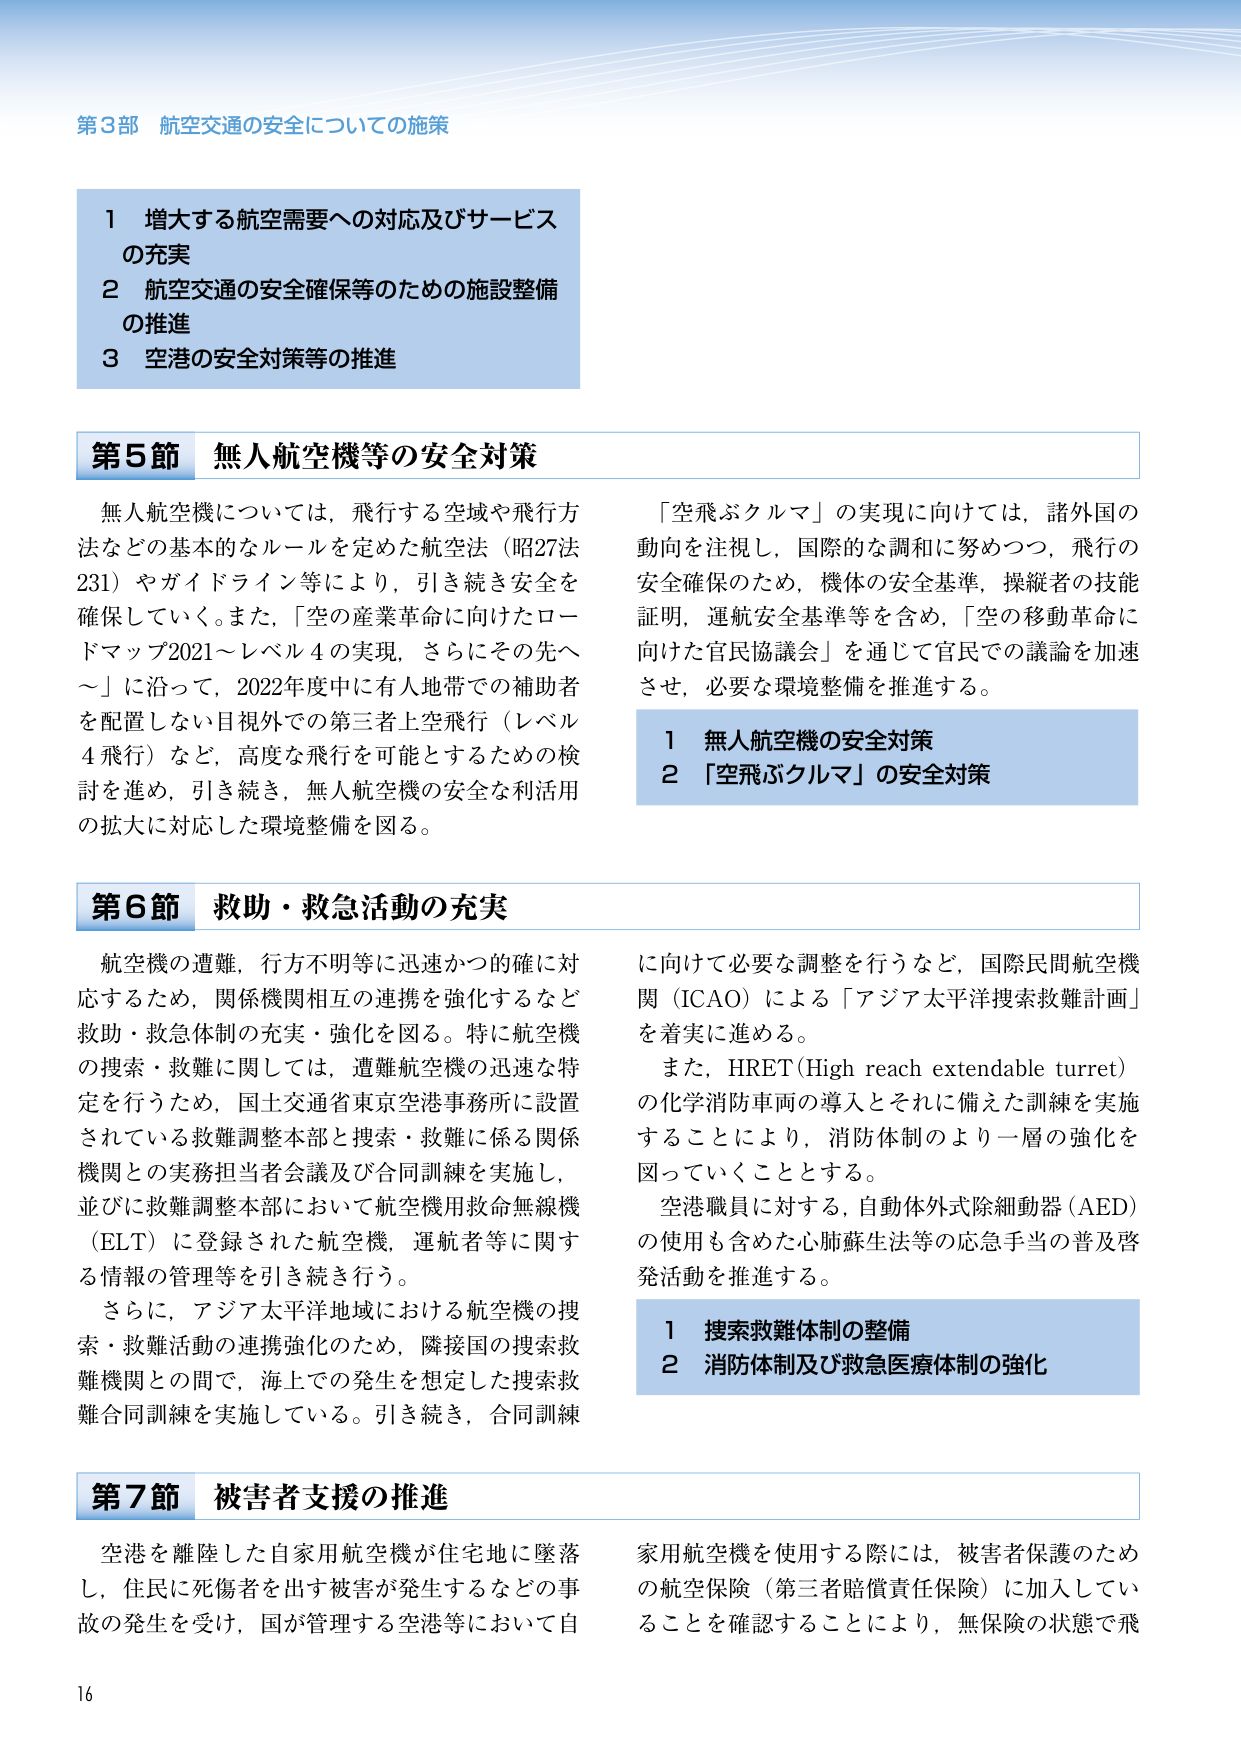
第3部 航空交通の安全についての施策

1 増大する航空需要への対応及びサービスの充実
2 航空交通の安全確保等のための施設整備の推進
3 空港の安全対策等の推進

第5節 無人航空機等の安全対策

無人航空機については，飛行する空域や飛行方法などの基本的なルールを定めた航空法（昭27法231）やガイドライン等により，引き続き安全を確保していく。また，「空の産業革命に向けたロードマップ2021～レベル4の実現，さらにその先へ～」に沿って，2022年度中に有人地帯での補助者を配置しない目視外での第三者上空飛行（レベル4飛行）など，高度な飛行を可能とするための検討を進め，引き続き，無人航空機の安全な利活用の拡大に対応した環境整備を図る。

「空飛ぶクルマ」の実現に向けては，諸外国の動向を注視し，国際的な調和に努めつつ，飛行の安全確保のため，機体の安全基準，操縦者の技能証明，運航安全基準等を含め，「空の移動革命に向けた官民協議会」を通じて官民での議論を加速させ，必要な環境整備を推進する。

1 無人航空機の安全対策
2 「空飛ぶクルマ」の安全対策

第6節 救助・救急活動の充実

航空機の遭難，行方不明等に迅速かつ的確に対応するため，関係機関相互の連携を強化するなど救助・救急体制の充実・強化を図る。特に航空機の捜索・救難に関しては，遭難航空機の迅速な特定を行うため，国土交通省東京空港事務所に設置されている救難調整本部と捜索・救難に係る関係機関との実務担当者会議及び合同訓練を実施し，並びに救難調整本部において航空機用救命無線機（ELT）に登録された航空機，運航者等に関する情報の管理等を引き続き行う。

さらに，アジア太平洋地域における航空機の捜索・救難活動の連携強化のため，隣接国の捜索救難機関との間で，海上での発生を想定した捜索救難合同訓練を実施している。引き続き，合同訓練に向けて必要な調整を行うなど，国際民間航空機関（ICAO）による「アジア太平洋捜索救難計画」を着実に進める。

また，HRET（High reach extendable turret）の化学消防車両の導入とそれに備えた訓練を実施することにより，消防体制のより一層の強化を図っていくこととする。

空港職員に対する，自動体外式除細動器（AED）の使用も含めた心肺蘇生法等の応急手当の普及啓発活動を推進する。

1 捜索救難体制の整備
2 消防体制及び救急医療体制の強化

第7節 被害者支援の推進

空港を離陸した自家用航空機が住宅地に墜落し，住民に死傷者を出す被害が発生するなどの事故の発生を受け，国が管理する空港等において自家用航空機を使用する際には，被害者保護のための航空保険（第三者賠償責任保険）に加入していることを確認することにより，無保険の状態で飛

16